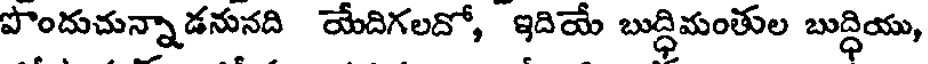
పొందుచున్నాడనునది యేదిగలదో, ఇదియే బుద్ధిమంతుల బుద్ధియు,